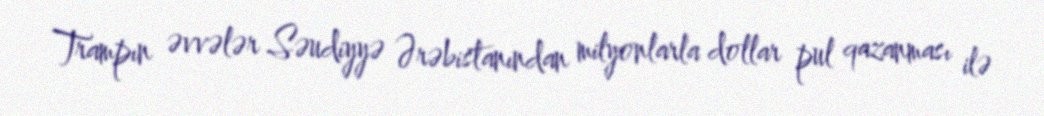
Trampın əvvələr Səudiyyə Ərəbistanından milyonlarla dollar pul qazanması ilə